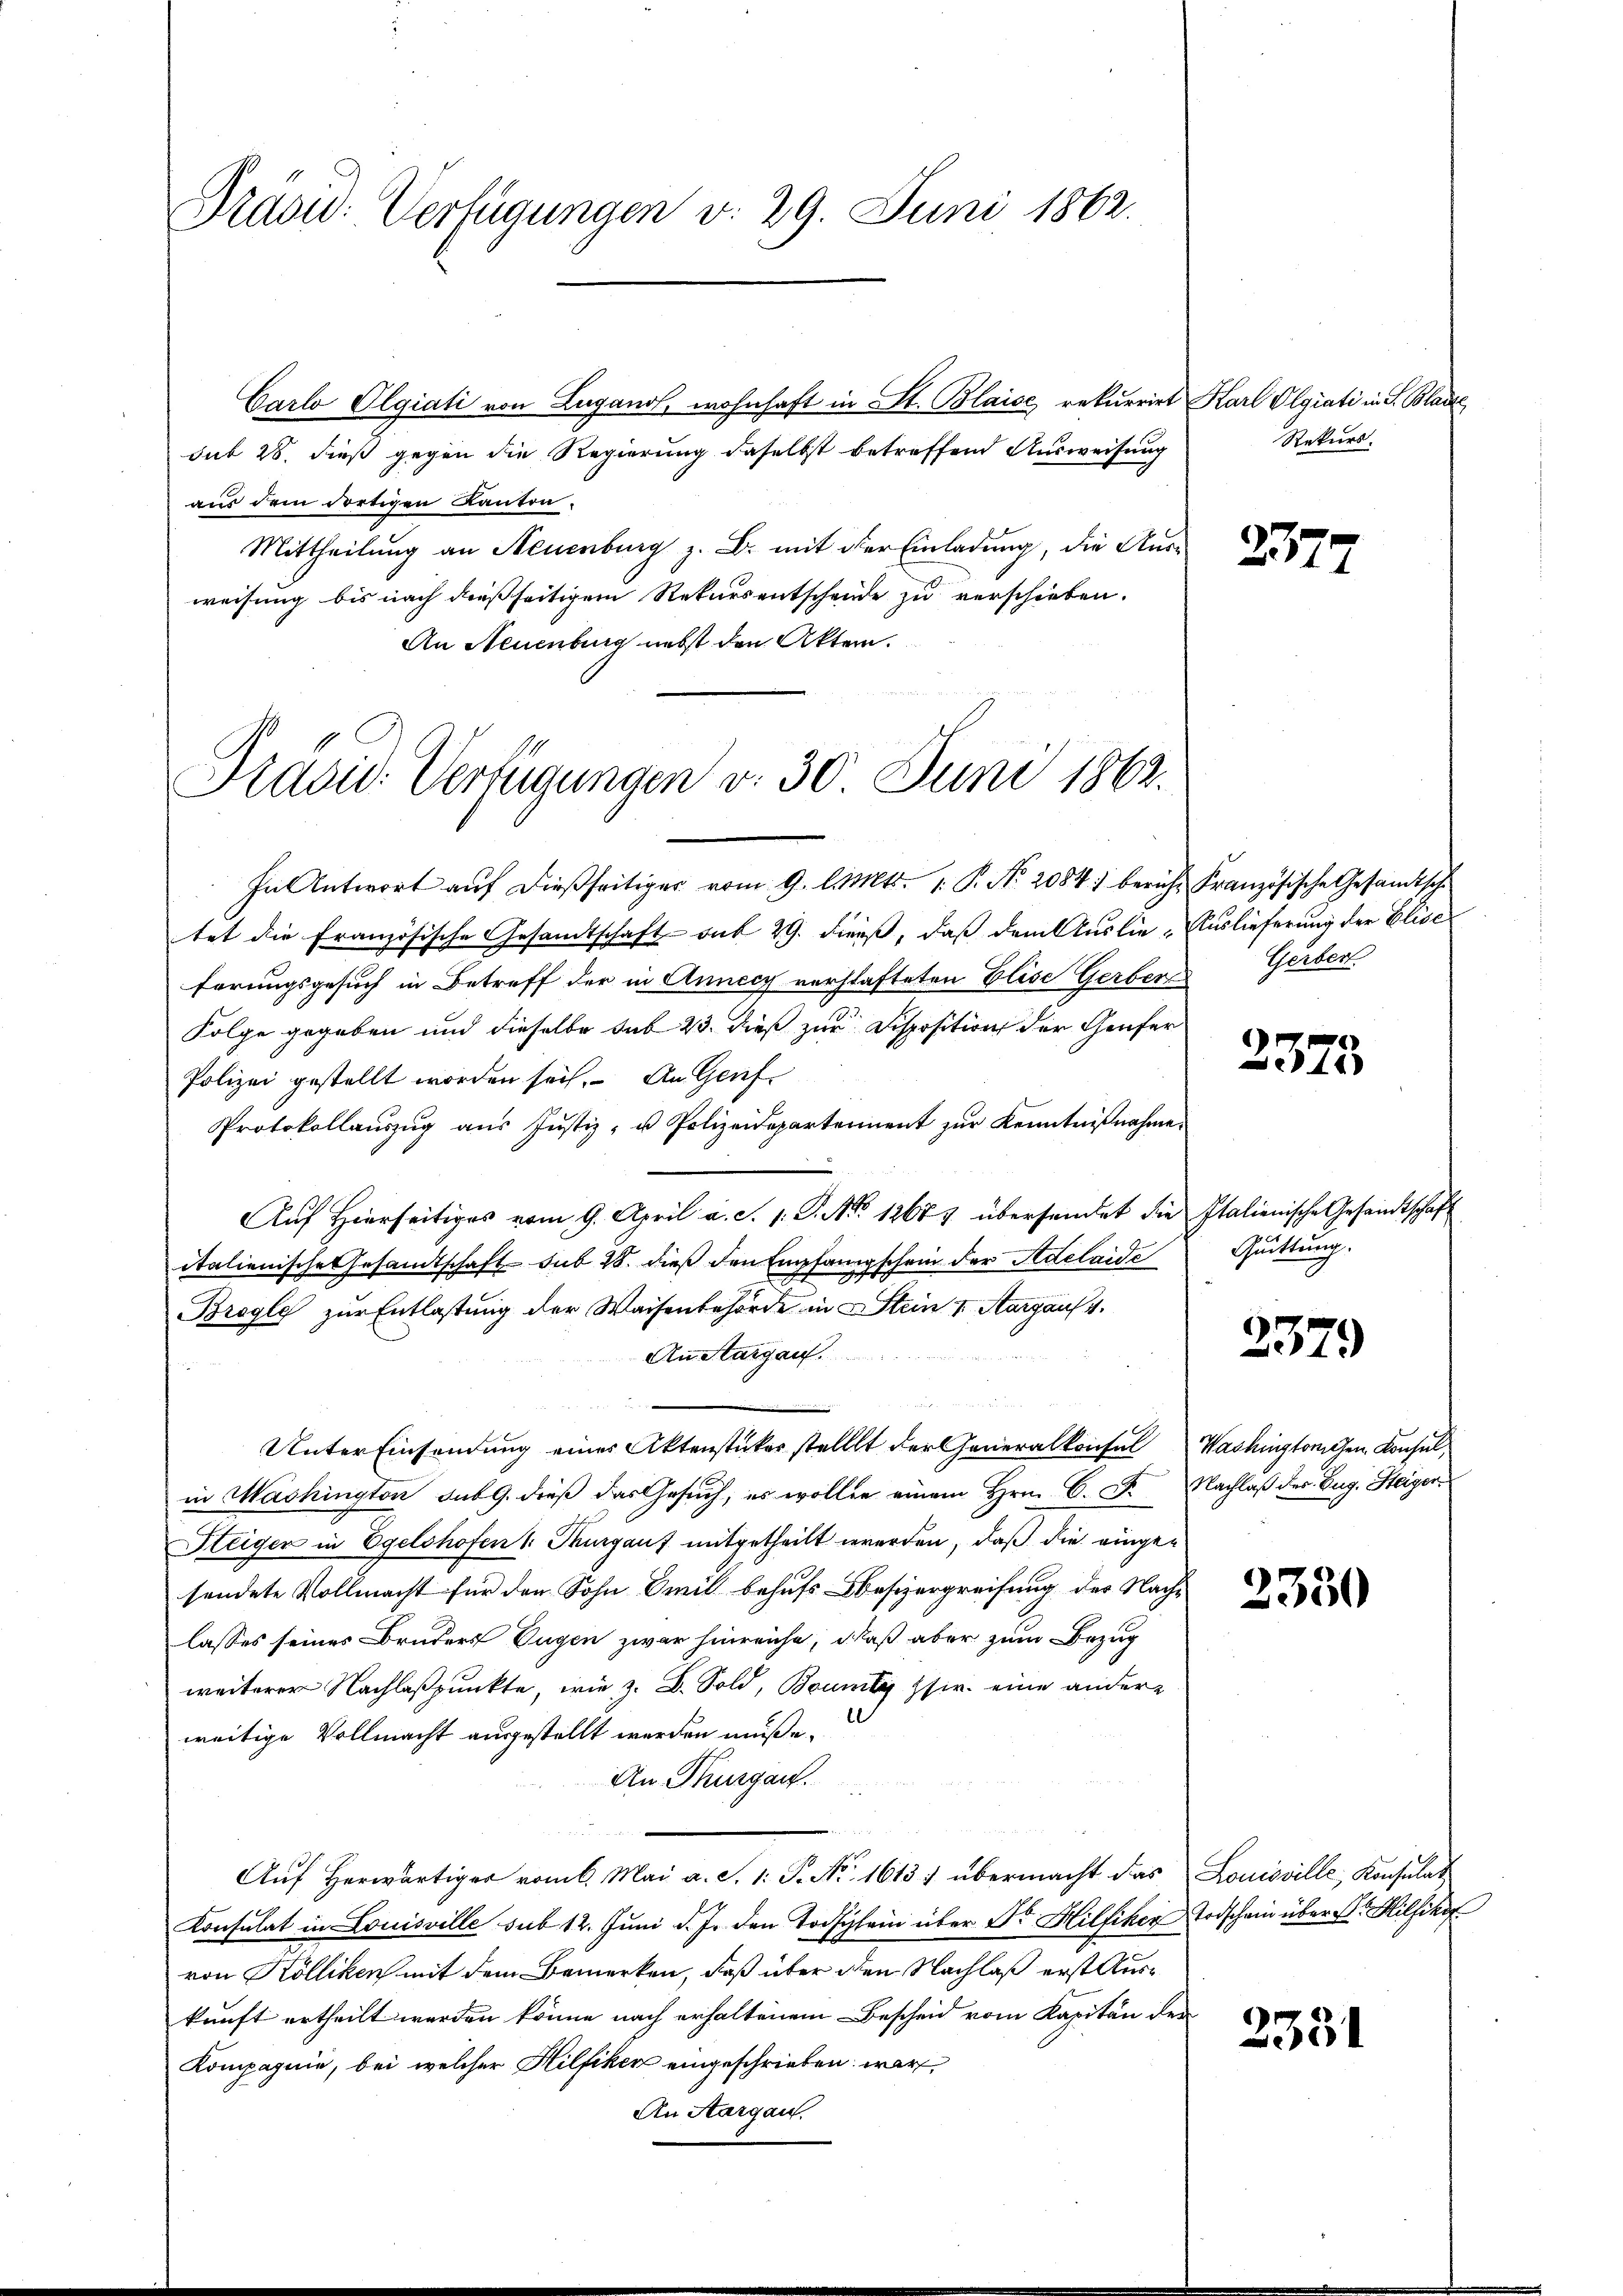
Präsid. Verfügungen v. 29. Juni 1862.

Carlo Olgiali von Lugano, wohnhaft in St. Blaise rekurrirt Karl Olgiati in S. Blacke
sub 28. dieß gegen die Regierung daselbst betreffend Ausweisung
aus dem dortigen Kanton.
Mittheilung an Neuenburg z. B. mit der Einladung, die Ausweisung bis nach dießseitigem Rekursentschende zu verschieben.
An Neuenburg nebst den Akten.

Präsid. Verfügungen v. 30 Juni 1862.

In Antwort auf dießseitiger vom 9. l. Mts. 1. P. Nr. 2084) bericht Französische Gesandtsche
tet die Französische Gesandtschaft sub 29. Diens, daß dem Auslie-Auslieferung der Elise
ferungsgesuch in Betreff der in Annecz verschafteten Elise Gerbers Gerber
Folge gegeben und dieselbe das 23 dieß zur Disposition der Genfer
Polizei gestellt worden sich. An Grief
Protokollaŭszŭg aŭs Jŭstiz- u Polizeidepartement zŭr Kenntnißnahme.
Auf Hierseitiges vom 9. April a. S. 1. P. No 12671 übersendet die Italienische Gesandtschaft
italienische Gesandtschaft sub 28. dieß den Empfangschein der Adelaide Quittung.
Bregle zur Entlastung der Waisenbehörde in Stein v. Aargauf 1.
An Margau.
Unter Einsendung einer Aktenstücker stellt der Generalkonsul Washingtonischen Konsul,
in Mashington sub 9. dieß das Gesuch, es wollen einem Hrn. C. F. Nachlaß des Zug. Steiger
Steiger in Egelshofen 1. Thurgauf mitgetheilt werden, daß die eingesendete Vollmacht für den Sohn Emil behufs Besizergreifung des Nachlasses seines Bruders Eugen zwar hinreiche, daß aber zum Bezug
weiterer Nachlaßpunkte, wie z. B. Sold, Bounty fir eine andere
l
weitige Vollmacht ausgestellt werden müße.
An Thurgau.
 22
Aŭf herwärtiger vom 6. Mai a. S. 1: P. Nr. 1613) übermacht das Louisville, Konsulat
Konsulat in Louisville sub 12. Juni d. J. den Todschein über Dr. Hilfiker Todschein über Hilfika
von Kölliken mit dem Bemerken, daß über den Nachlaß erst Auskunft ertheilt werden könne nach erhaltenem Bescheid vom Kapitän der
Kompagnie, bei welcher Hilfiker eingeschrieben war
An Aargau.

Rekurs.

2377

2375

2379

2330

2331